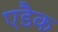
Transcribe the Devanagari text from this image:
एडैक